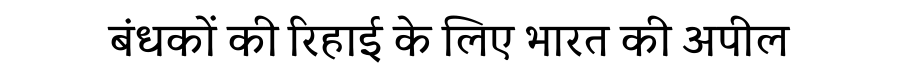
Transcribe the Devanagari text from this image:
बंधकों की रिहाई के लिए भारत की अपील